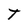
Character: t